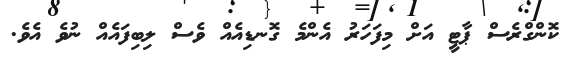
ކޮންގްރެސް ޕާޓީ އަށް މިފަހަރު އެންމެ ގޮނޑިއެއް ވެސް ލިބިފައެއް ނުވެ އެވެ.